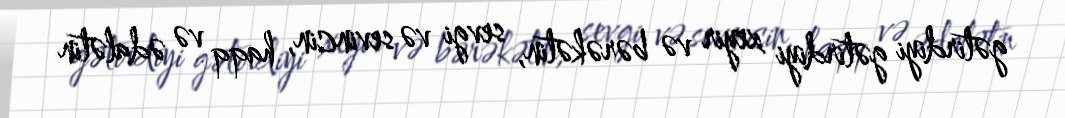
gətirdiyi gətirdiyi xeyir və bərəkətin, sevgi və sevincin, haqq və ədalətin